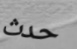
حدث